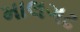
માલગઢ